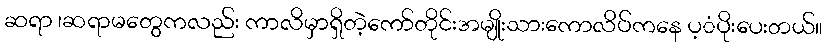
ဆရာ ၊ဆရာမတွေကလည်း ကာလိမှာရှိတဲ့ကော်တိုင်းအမျိုးသားကောလိပ်ကနေ ပ့ံပိုးပေးတယ်။